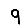
Digit: 9